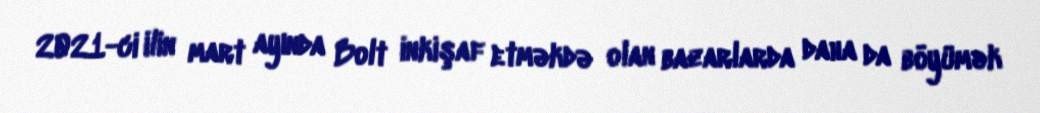
2021-ci ilin mart ayında Bolt inkişaf etməkdə olan bazarlarda daha da böyümək